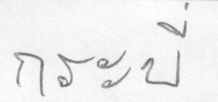
กระบี่